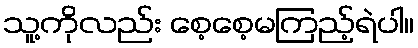
သူ့ကိုလည်း စေ့စေ့မကြည့်ရဲပါ။